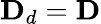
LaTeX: \mathbf{D}_{d}=\mathbf{D}